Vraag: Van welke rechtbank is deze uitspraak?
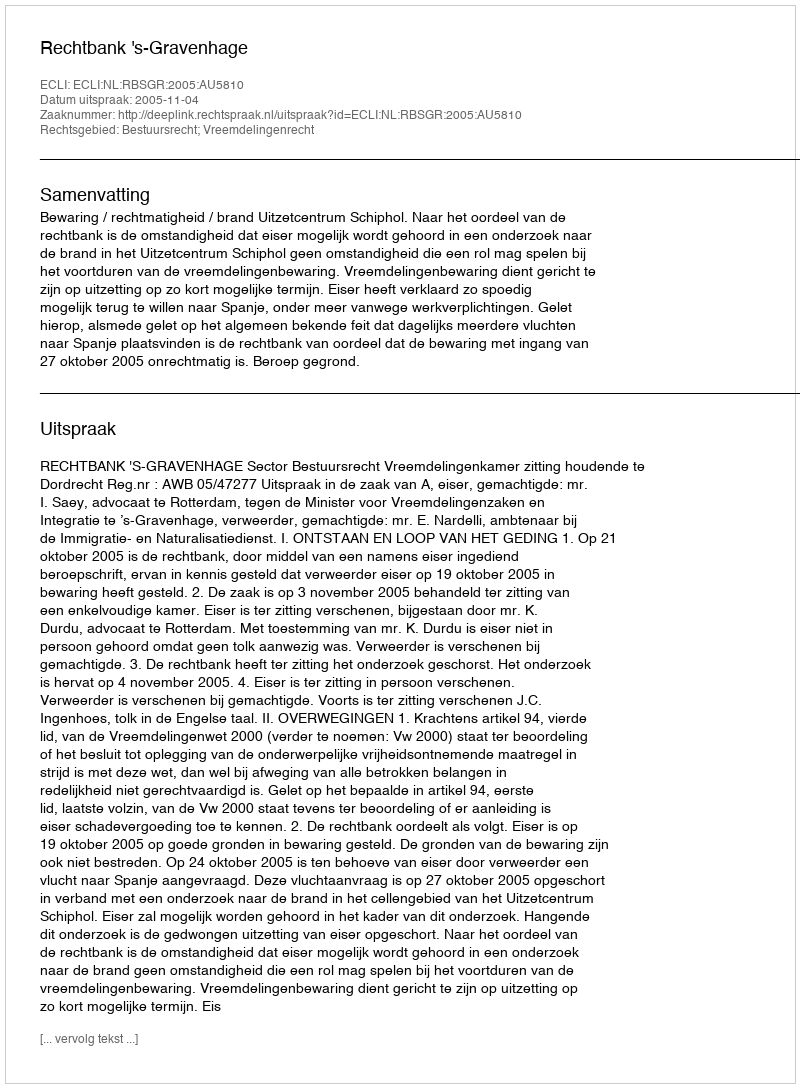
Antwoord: Rechtbank 's-Gravenhage